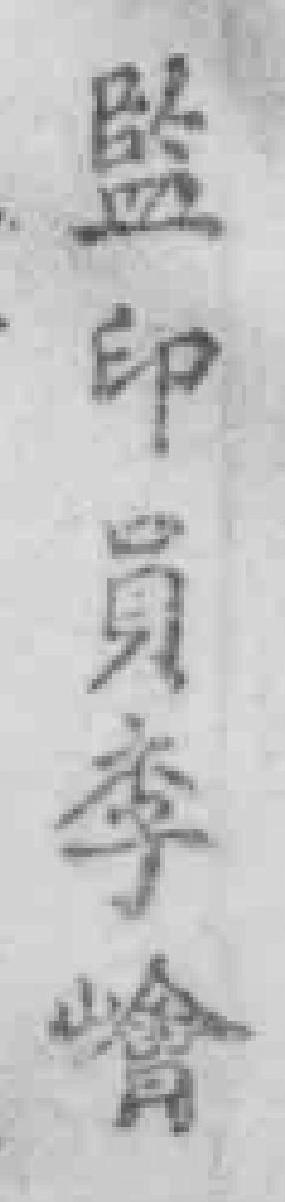
監印員李*